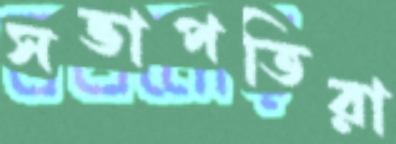
সভাপতিরা